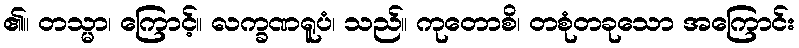
၏။ တသ္မာ၊ ကြောင့်။ လက္ခဏရူပံ၊ သည်။ ကုတောစိ၊ တစုံတခုသော အကြောင်း